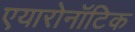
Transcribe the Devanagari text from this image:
एयारोनॉटिक